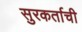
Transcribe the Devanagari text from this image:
सुरकर्ताची